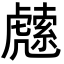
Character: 䖛